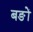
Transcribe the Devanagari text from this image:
बङों